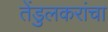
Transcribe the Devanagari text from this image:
तेंडुलकरांचा